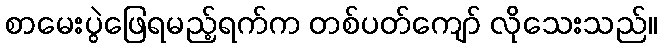
စာမေးပွဲဖြေရမည့်ရက်က တစ်ပတ်ကျော် လိုသေးသည်။